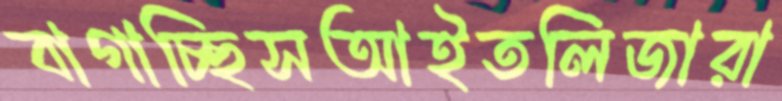
বাগাচ্ছিসআইতলিজারা